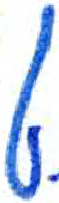
אות: ט